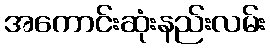
အကောင်းဆုံးနည်းလမ်း